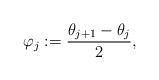
LaTeX: \begin{align*}\varphi_j:=\dfrac{\theta_{j+1}-\theta_j}{2},\end{align*}